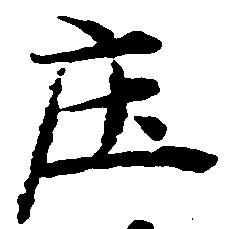
庄